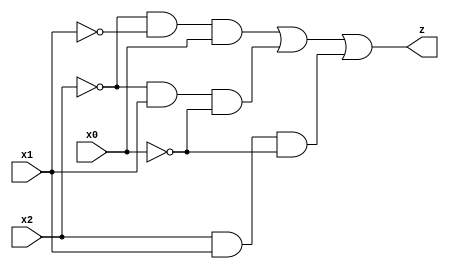
`timescale 1ns / 1ps
//////////////////////////////////////////////////////////////////////////////////
// Company: 
// Engineer: 
// 
// Design Name: 
// Module Name:    TextbookCircuit 
// Project Name: 
// Target Devices: 
// Tool versions: 
// Description: 
//
// Dependencies: 
//
// Revision: 
// Revision 0.01 - File Created
// Additional Comments: 
//
//////////////////////////////////////////////////////////////////////////////////
module TextbookCircuit(x2,x1,x0,z);

input x0,x1,x2;
output z;

wire w0;
wire w1;
wire w2;


not(w2,x2);

not(w1, x1);

not(w0,x0);

wire m1;
wire m2;
wire m6;

and(m1,w2,w1,x0);
and(m2,w2,x1,w0);
and(m6,x2,x1,w0);

or(z,m1,m2,m6);



endmodule